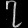
Digit: ၇